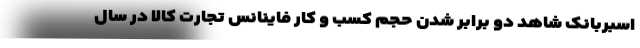
اسبربانک شاهد دو برابر شدن حجم کسب و کار فاینانس تجارت کالا در سال